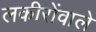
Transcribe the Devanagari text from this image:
लकीरोंवाले